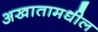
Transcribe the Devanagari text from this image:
अखातामधील